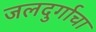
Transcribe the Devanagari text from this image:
जलदुर्गाचा